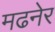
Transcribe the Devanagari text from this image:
मढनेर